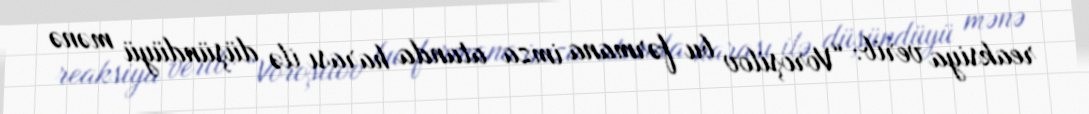
reaksiya verib: “Voroşilov bu fərmana imza atanda harası ilə düşündüyü mənə